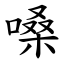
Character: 嗓